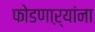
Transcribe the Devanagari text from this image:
फोडणाऱ्यांना